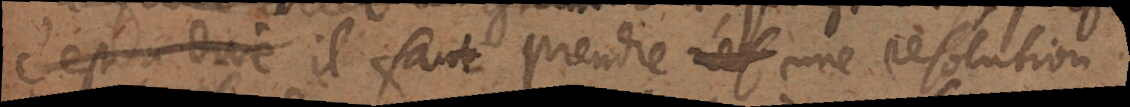
c’est à dire il faut prendre une résolution.